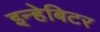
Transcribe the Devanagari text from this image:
इन्हेबिटर